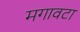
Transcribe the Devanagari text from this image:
मगावटा